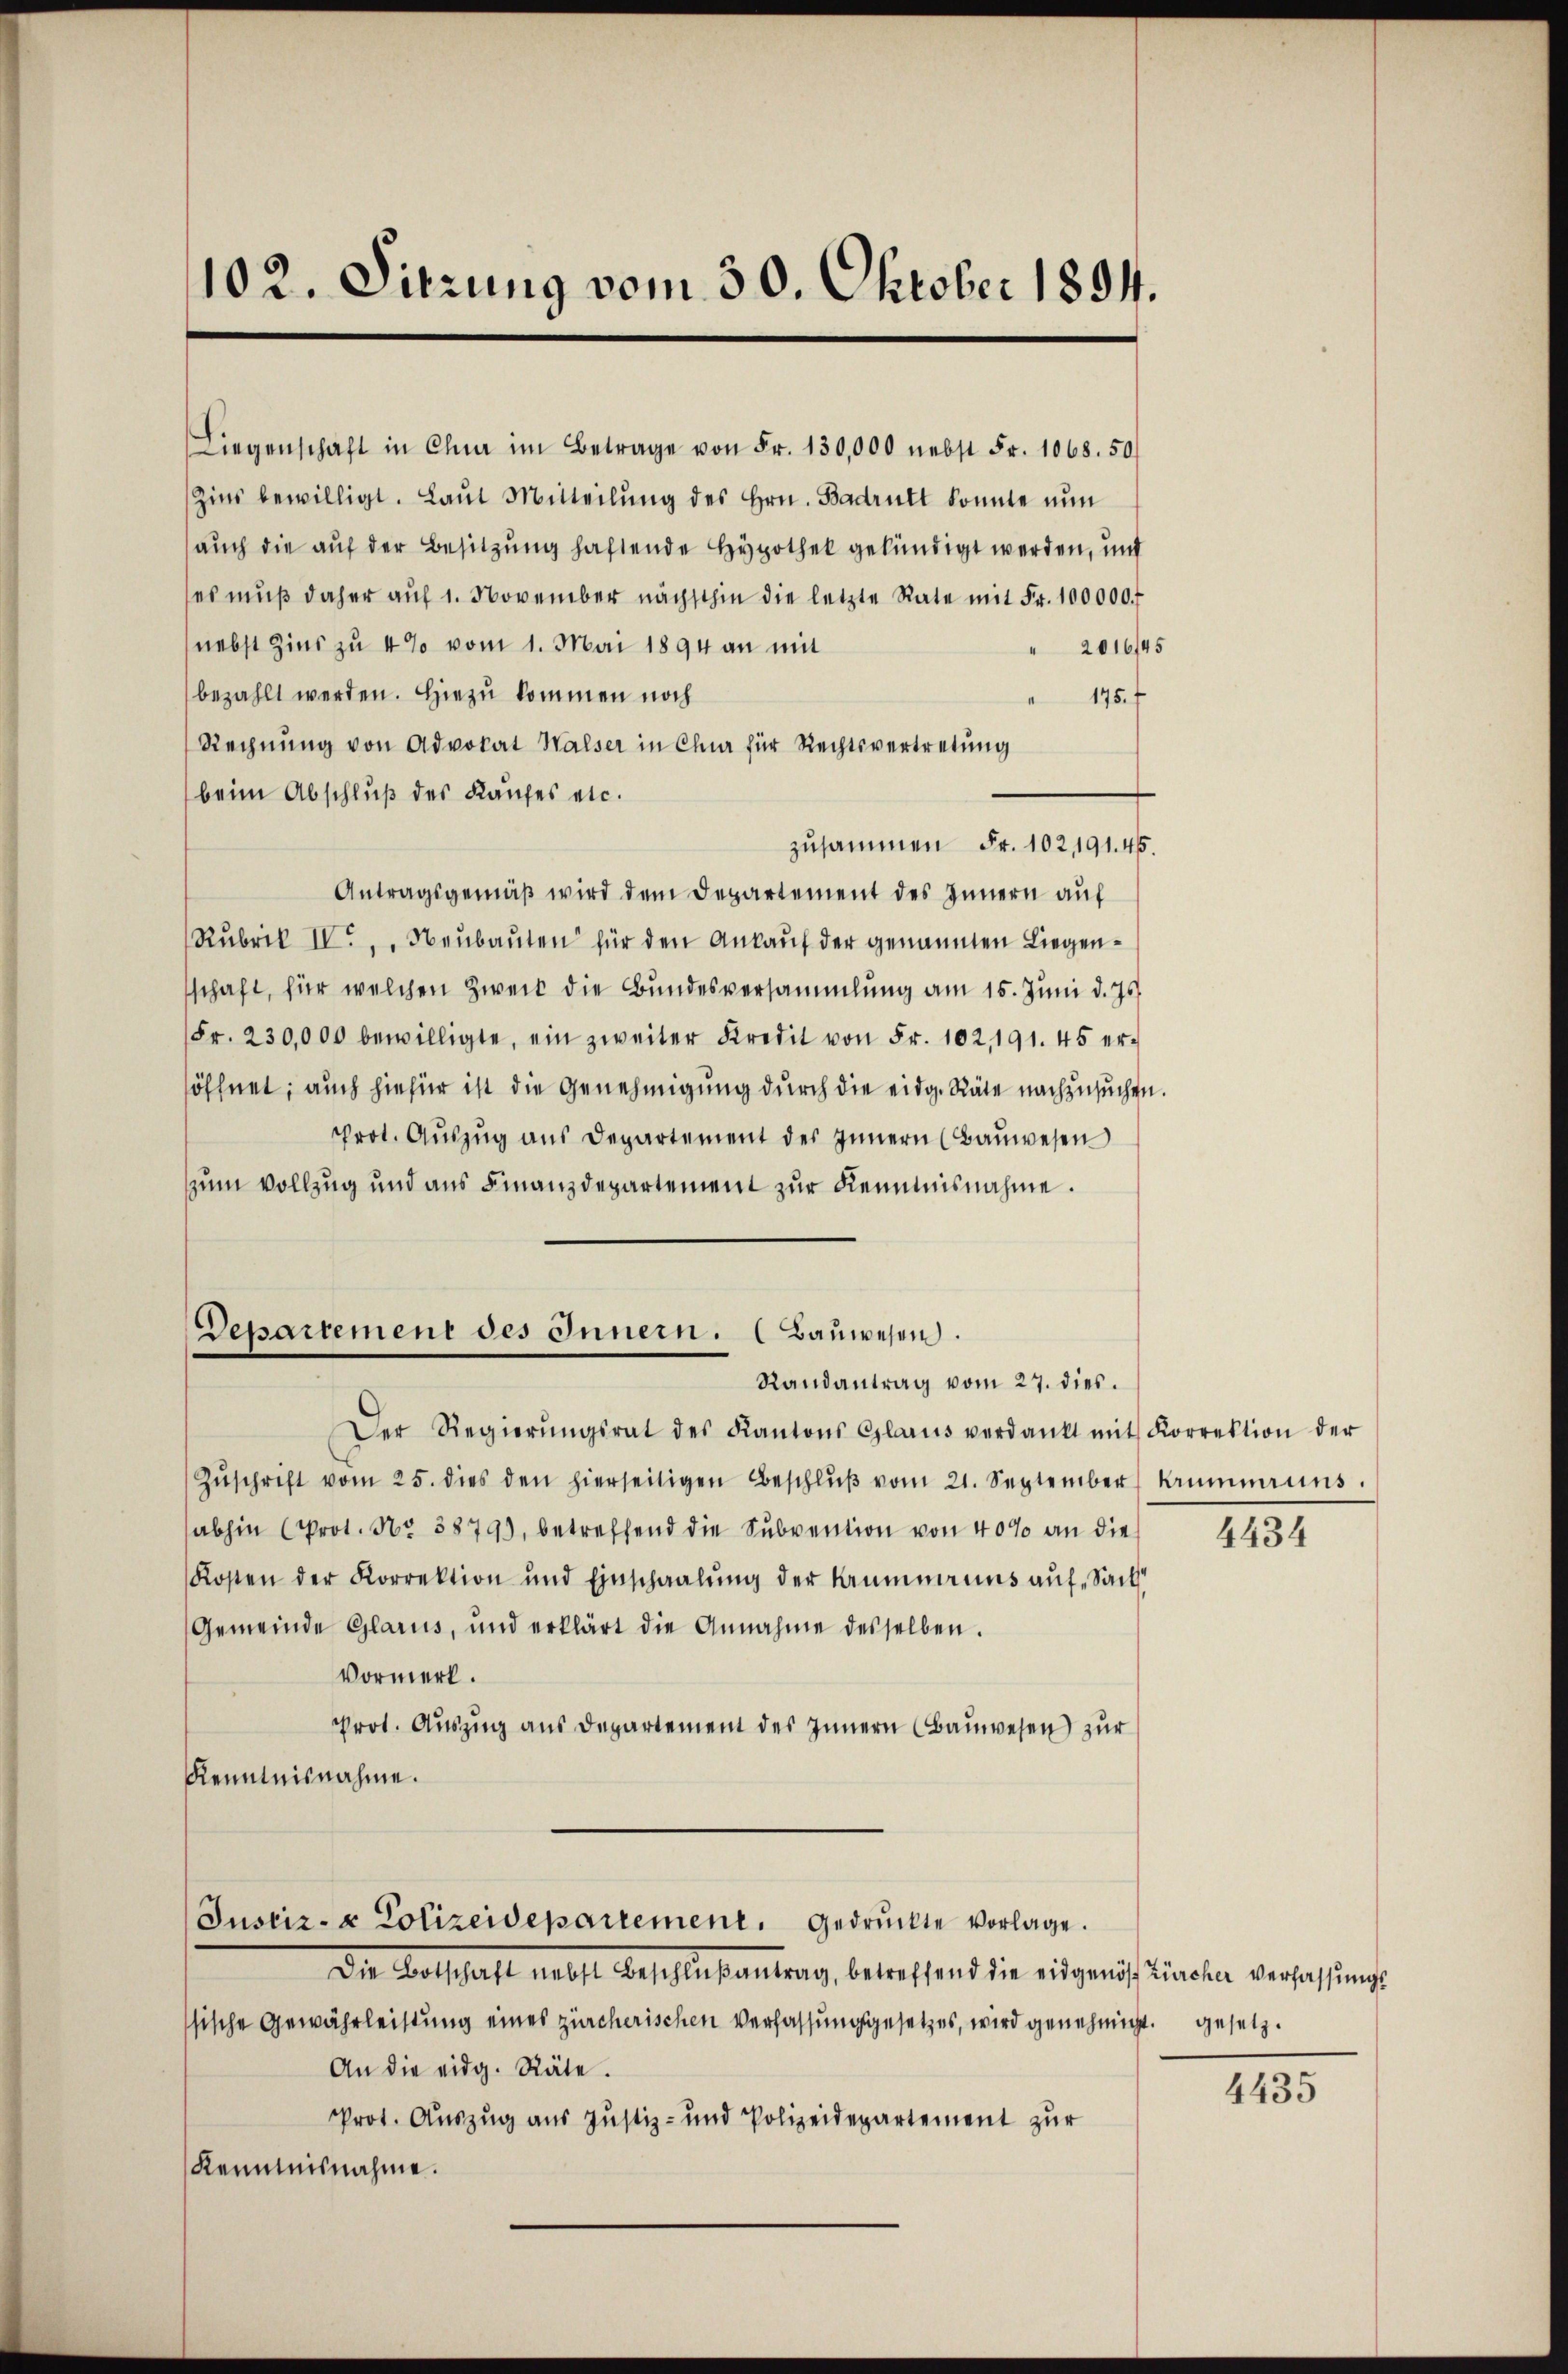
102. Sitzung vom 30. Oktober 1894.

Liegenschaft in Chur im Betrage von Fr. 130,000 nebst Fr. 1068. 50
Zins bewilligt. Laŭt Mitteilŭng des Hrn. Badrukt konnte nun
auch die auf der Besitzung haftende Hypothek gekündigt werden, und
es muß daher auf 1. November nächsthin die letzte Rate mit Fr. 100000 f
nebst Zins zu 4% vom 1. Mai 1894 an mi
2016/45
bezahlt werden. Hiezu kommen noch
" 1757
Rechnung von Advokat Walser in Chur für Rechtsvertretung
beim Abschluß des Kaufes etc.
zusammen Fr. 102, 191. 45.
Antragsgemäß wird dem Departement des Innern auf
Rubrik IV., Neubauten für den Ankauf der genannten Liegenschaft, für welchen Zweck die Bundesversammlung am 15. Juni d. Js.
Fr. 230,000 bewilligte, ein zweiter Kredit von Fr. 102, 191. 45 er-
söffnet; auch hiefür ist die Genehmigung durch die eidg. Räte nachzusuchen.
prot. Aŭszŭg ans Departement des Innern (Baŭwesen
zum Vollzug und aus Finanzdepartement zur Reumnisnahme.

Departement des Innern. (Bauwesen.
Randantrag vom 27. dies.

Der Regierŭngsrat des Kantons Glarus verdankt mit Korrektion der
Zŭschrift vom 25. dies den hierseitigen Beschlŭβ vom 21. September krummanns.
abhin (Prot. Nr. 3879), betreffend die Subvention von 40% an die
Kosten der Korrektion und Einschaalŭng der Kummanns auf-Sach
Gemeinde Glarus, und erklärt die Annahme desselben.
Vormerk.
Prot. Auszug aus Departement des Innern (Bauwesen) zur
Kenntnisnahme.

Justiz- & Polizeidepartement, gedruckte vorlage.
Die Welschaft nebst Beschlaßantrag, betreffend die eidgenössfunchen verfassungs

ssische Gewährleistung eines zürcherischen Verfassungsgesetzes, wird genehmigt. Gesetz¬
An die eidg. Räte.
Prot. Auszug aus Justiz- und Polizeidepartement zur
Kenntnisnahme.

4434

4435